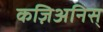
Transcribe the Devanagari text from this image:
कज़िअनिस्